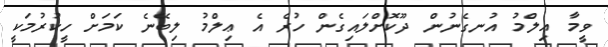
ވީމާ ޢިލްމު އުނގެނުން ދޫކޮށްލައިގެން ހުރެ އެ ޢިލްމު ލިބޭނެ ކަމަށް ހީކުރުމަކީ